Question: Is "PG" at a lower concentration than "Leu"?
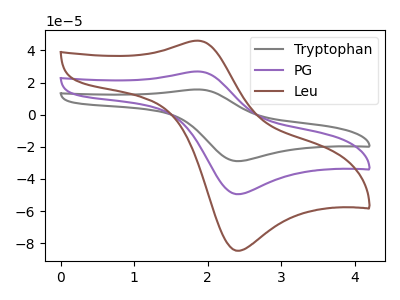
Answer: <think>The gray curve "Tryptophan" has an anodic peak at (1.85V, 53.85uA) and a cathodic peak at (2.45V, -98.90uA). The purple curve "PG" has an anodic peak at (1.85V, 26.95uA) and a cathodic peak at (2.45V, -49.45uA). The brown curve "Leu" has an anodic peak at (1.85V, 46.10uA) and a cathodic peak at (2.45V, -84.65uA).
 All the peaks in "Leu" have a peak in "PG" at the same potential. Every peak in "Leu" is higher than every peak in "PG".</think>
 <answer>"Leu" has more signal than "PG" and so likely has a higher concentration.</answer>
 <eval>more_concentration</eval>